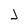
Character: J